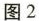
图2